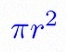
\pi r^2